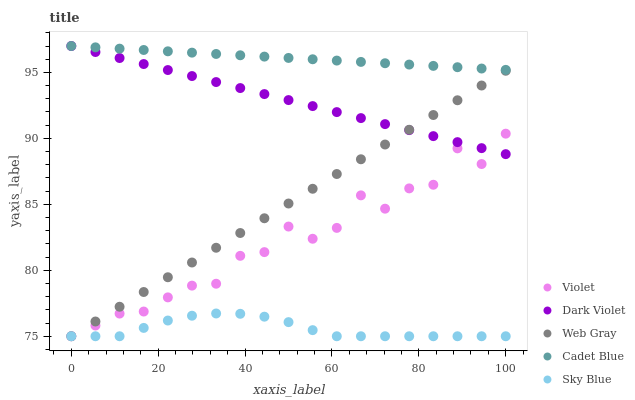
| xaxis_label | Violet | Dark Violet | Web Gray | Cadet Blue | Sky Blue |
 | --- | --- | --- | --- | --- | --- |
 | 0 | 75 | 97 | 75 | 97 | 75 |
 | 5.56 | 75.8 | 96.5 | 76.1 | 96.9 | 75 |
 | 11.1 | 76.7 | 96.1 | 77.2 | 96.8 | 75 |
 | 16.7 | 76.9 | 95.6 | 78.4 | 96.7 | 75.6 |
 | 22.2 | 77.9 | 95.2 | 79.5 | 96.6 | 76.2 |
 | 27.8 | 78.8 | 94.7 | 80.6 | 96.5 | 76.6 |
 | 33.3 | 79 | 94.3 | 81.7 | 96.4 | 76.7 |
 | 38.9 | 81.1 | 93.8 | 82.8 | 96.3 | 76.7 |
 | 44.4 | 81.4 | 93.4 | 83.9 | 96.2 | 76.5 |
 | 50 | 83.3 | 92.9 | 85.1 | 96.1 | 76.1 |
 | 55.6 | 82.4 | 92.4 | 86.2 | 96 | 75.5 |
 | 61.1 | 83.2 | 92 | 87.3 | 95.9 | 75 |
 | 66.7 | 85.7 | 91.5 | 88.4 | 95.8 | 75 |
 | 72.2 | 84.7 | 91.1 | 89.5 | 95.7 | 75 |
 | 77.8 | 86.2 | 90.6 | 90.7 | 95.6 | 75 |
 | 83.3 | 86.5 | 90.2 | 91.8 | 95.5 | 75 |
 | 88.9 | 89.2 | 89.7 | 92.9 | 95.4 | 75 |
 | 94.4 | 88.1 | 89.3 | 94 | 95.3 | 75 |
 | 100 | 90.4 | 88.8 | 95.1 | 95.2 | 75 |